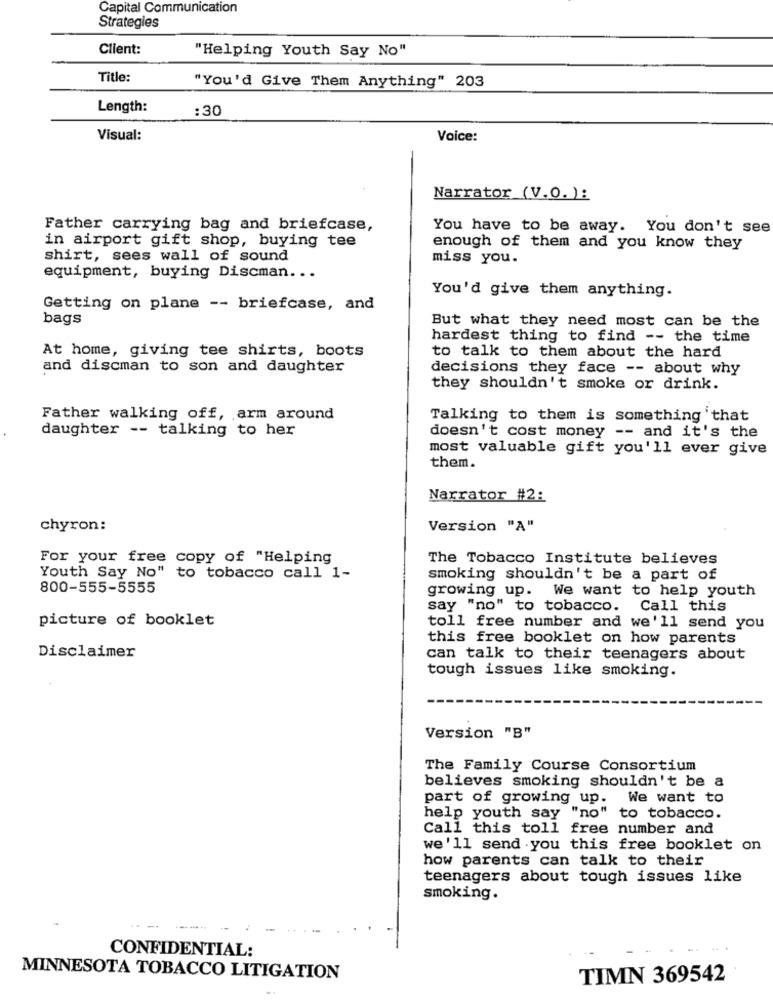
Capital Communication
Strategies
Client:
"Helping Youth Say No"
Title:
"You'd Give Them Anything" 203
Length:
:30
Visual:
Voice:
Narrator (V.O.):
Father carrying bag and briefcase,
You have to be away. You don't see
in airport gift shop, buying tee
enough of them and you know they
shirt, sees wall of sound
miss you.
equipment, buying Discman ...
You'd give them anything.
Getting on plane -- briefcase, and
bags
But what they need most can be the
hardest thing to find -- the time
to talk to them about the hard
At home, giving tee shirts, boots
and discman to son and daughter
decisions they face -- about why
they shouldn't smoke or drink.
Father walking off, arm around
Talking to them is something that
daughter -- talking to her
doesn't cost money -- and it's the
most valuable gift you'll ever give
them.
Narrator #2:
chyron:
Version "A"
For your free copy of "Helping
The Tobacco Institute believes
Youth Say No" to tobacco call 1-
smoking shouldn't be a part of
800-555-5555
growing up. We want to help youth
say "no" to tobacco. Call this
picture of booklet
toll free number and we'll send you
this free booklet on how parents
Disclaimer
can talk to their teenagers about
tough issues like smoking.
Version "B"
The Family Course Consortium
believes smoking shouldn't be a
part of growing up. We want to
help youth say "no" to tobacco.
Call this toll free number and
we'll send you this free booklet on
how parents can talk to their
teenagers about tough issues like
smoking.
.-
CONFIDENTIAL:
MINNESOTA TOBACCO LITIGATION
TIMN 369542